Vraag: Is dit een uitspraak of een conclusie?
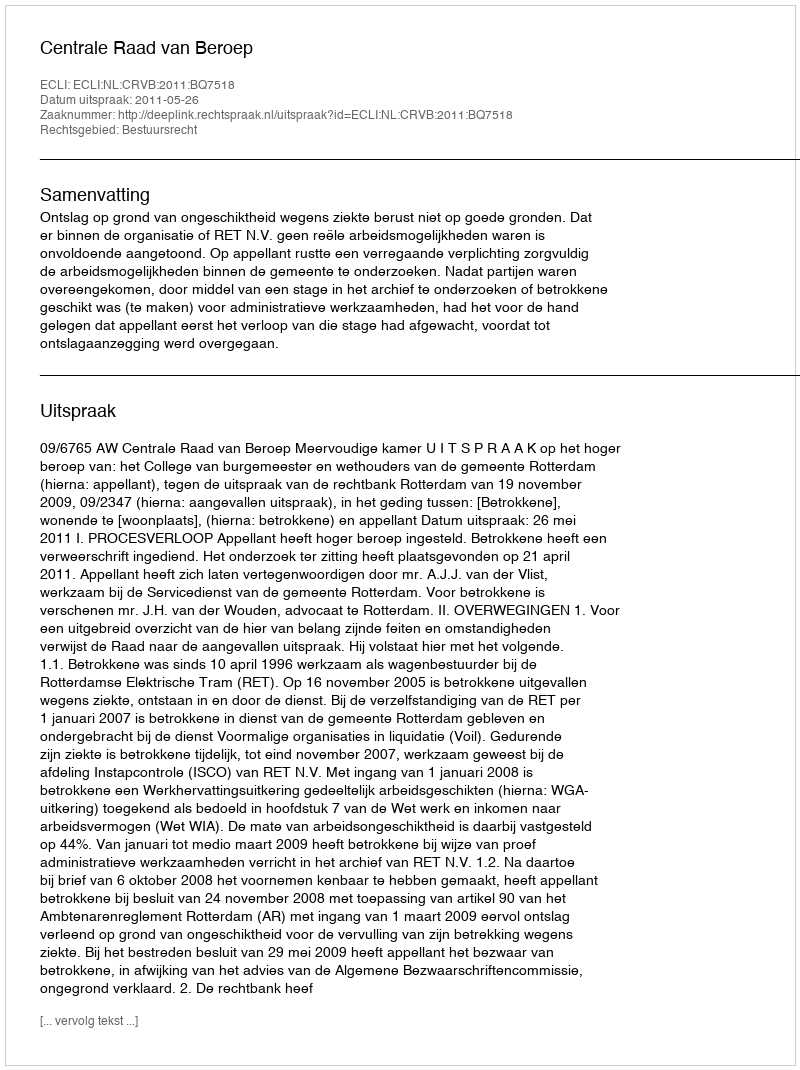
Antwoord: Uitspraak